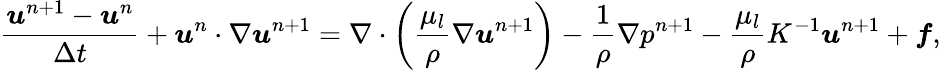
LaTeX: \frac{\boldsymbol{u}^{n+1}-\boldsymbol{u}^{n}}{\Delta t}+\boldsymbol{u}^{n}\cdot\nabla\boldsymbol{u}^{n+1}=\nabla\cdot\left(\frac{\mu_{l}}{\rho}\nabla\boldsymbol{u}^{n+1}\right)-\frac{1}{\rho}\nabla p^{n+1}-\frac{\mu_{l}}{\rho}K^{-1}\boldsymbol{u}^{n+1}+\boldsymbol{f},